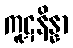
ကူဋနိန္နာ